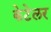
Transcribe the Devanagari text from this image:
केटेलर